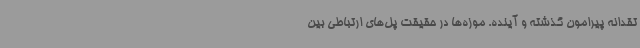
تقدانه پیرامون گذشته و آینده. موزه‌ها در حقیقت پل‌های ارتباطی بین